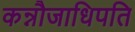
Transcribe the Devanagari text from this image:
कन्नौजाधिपति